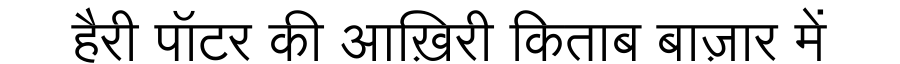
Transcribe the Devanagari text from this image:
हैरी पॉटर की आख़िरी किताब बाज़ार में